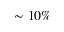
\sim 1 0 \%